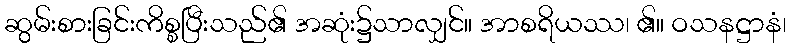
ဆွမ်းစားခြင်းကိစ္စပြီးသည်၏ အဆုံး၌သာလျှင်။ အာစရိယဿ၊ ၏။ ဝသနဋ္ဌာနံ၊